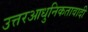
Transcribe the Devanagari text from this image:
उत्तरआधुनिकतावादी